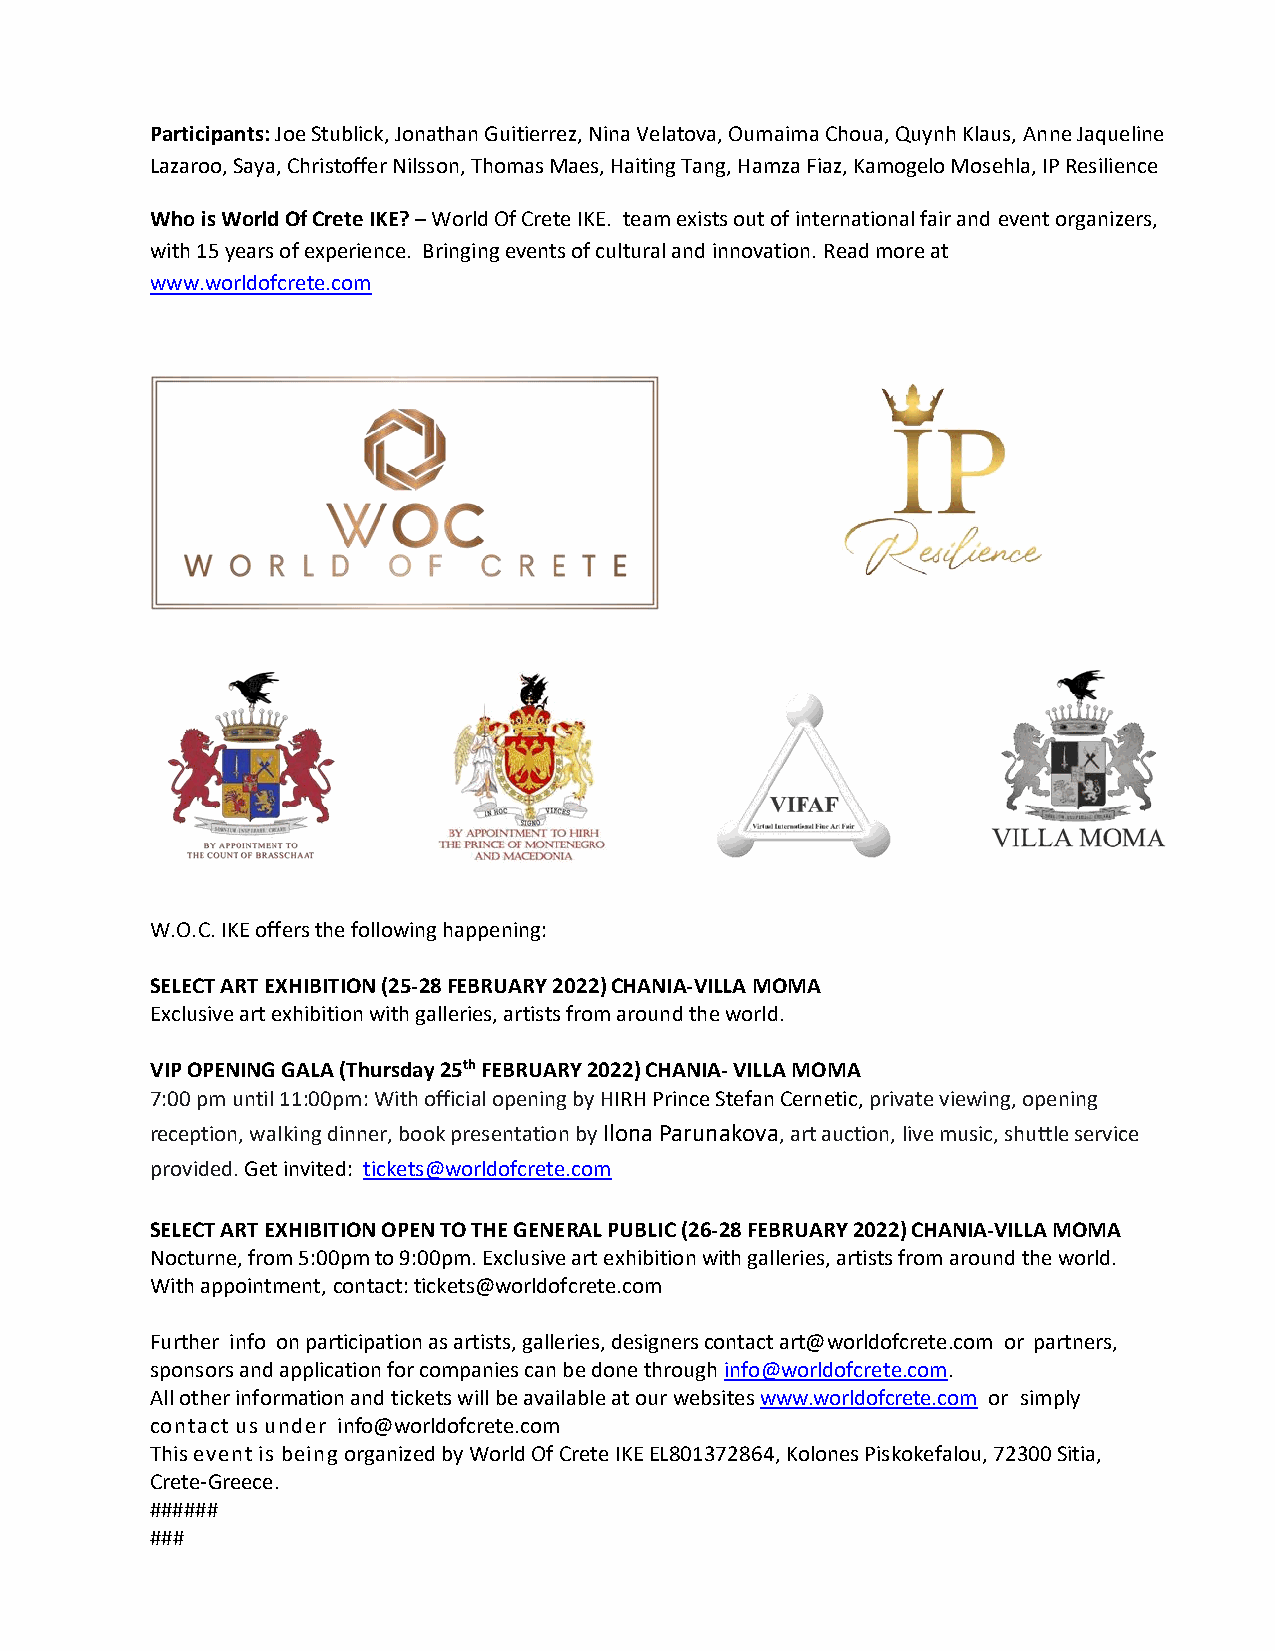
Participants: Joe Stublick, Jonathan Guitierrez, Nina Velatova, Oumaima Choua, Quynh Klaus, Anne Jaqueline
 Lazaroo, Saya, Christoffer Nilsson, Thomas Maes, Haiting Tang, Hamza Fiaz, Kamogelo Mosehla, IP Resilience
 Who is World Of Crete IKE? – World Of Crete IKE. team exists out of international fair and event organizers,
 with 15 years of experience. Bringing events of cultural and innovation. Read more at
 www.worldofcrete.com
 W.O.C. IKE offers the following happening:
 SELECT ART EXHIBITION (25-28 FEBRUARY 2022) CHANIA-VILLA MOMA
 Exclusive art exhibition with galleries, artists from around the world.
 VIP OPENING GALA (Thursday 25th FEBRUARY 2022) CHANIA- VILLA MOMA
 7:00 pm until 11:00pm: With official opening by HIRH Prince Stefan Cernetic, private viewing, opening
 reception, walking dinner, book presentation by Ilona Parunakova, art auction, live music, shuttle service
 provided. Get invited: tickets@worldofcrete.com
 SELECT ART EXHIBITION OPEN TO THE GENERAL PUBLIC (26-28 FEBRUARY 2022) CHANIA-VILLA MOMA
 Nocturne, from 5:00pm to 9:00pm. Exclusive art exhibition with galleries, artists from around the world.
 With appointment, contact: tickets@worldofcrete.com
 Further info on participation as artists, galleries, designers contact art@worldofcrete.com or partners,
 sponsors and application for companies can be done through info@worldofcrete.com.
 All other information and tickets will be available at our websites www.worldofcrete.com or simply
 contact us under info@worldofcrete.com
 This event is being organized by World Of Crete IKE EL801372864, Kolones Piskokefalou, 72300 Sitia,
 Crete-Greece.
 ######
 ###